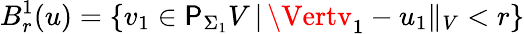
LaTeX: B_{r}^{1}(u)=\{ v_{1}\in\mathsf{P}_{\Sigma_{1}}V\, |\, \Vertv_{1}-u_{1}\Vert_{V}<r\}